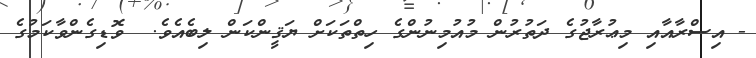
- އިސްރާއާއި މިޢުރާޖުގެ ދަތުރުން މުއުމިނުންގެ ހިތްތަކަށް ޔަޤީންކަން ލިބެއެވެ.  ވޮޑިގެންވާކަމުގެ